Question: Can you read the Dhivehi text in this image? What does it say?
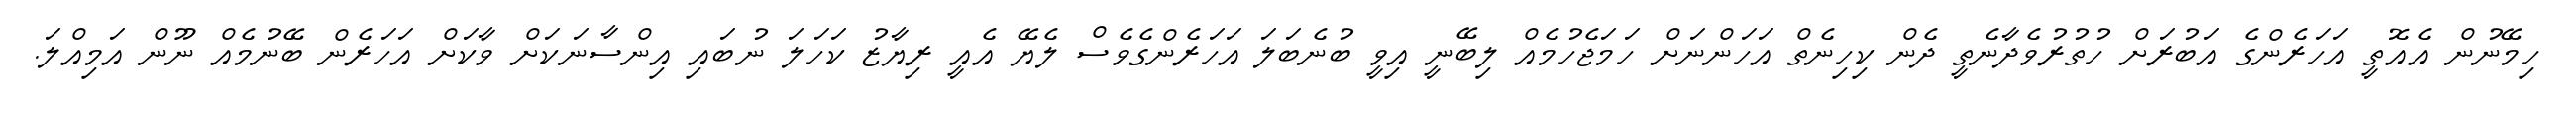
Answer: ހިމޭނުން އެއޮތީ އަހަރެންގެ އަބުރަށް ހުތުރުވެދާނެތީ ދެން ކިހިނެތް އަހަންނަށް ހަމަޖެހުމެއް ލިބޭނީ އިވީ ބުނެބަލަ އަހަރެންގެވެސް ލެޔޭ އެއީ ރިޔާޒު ކަހަލަ ނުބައި އިންސާނަކަށް ވާކަށް އަހަރެން ބޭނުމެއް ނޫން އަމިއްލަ.